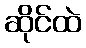
ဆိုင်ထဲ